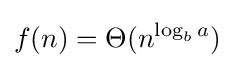
f(n)=\Theta (n^{\log _{b}a})